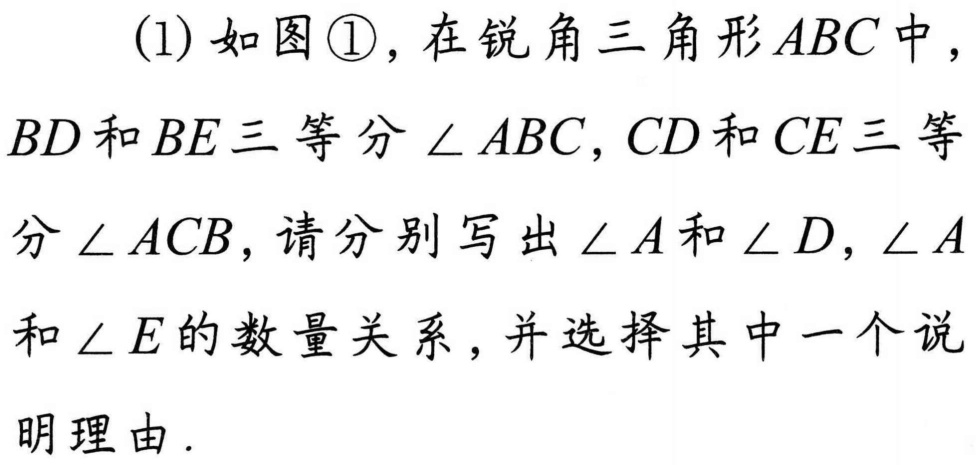
(1) 如图\textcircled{1}，在锐角三角形\(ABC\)中，
\(BD\)和\(BE\)三等分\(\angle ABC\)，\(CD\)和\(CE\)三等分
\(\angle ACB\)，请分别写出\(\angle A\)和\(\angle D\)，\(\angle A\)
和\(\angle E\)的数量关系，并选择其中一个说
明理由.